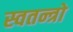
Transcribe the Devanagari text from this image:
स्वतन्त्रो